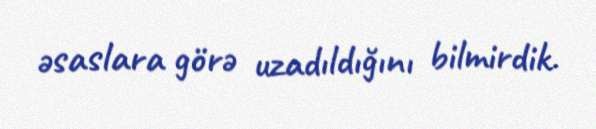
əsaslara görə uzadıldığını bilmirdik.